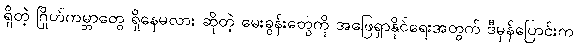
ရှိတဲ့ ဂြိုဟ်ကမ္ဘာတွေ ရှိနေမလား ဆိုတဲ့ မေးခွန်းတွေကို အဖြေရှာနိုင်ရေးအတွက် ဒီမှန်ပြောင်းက